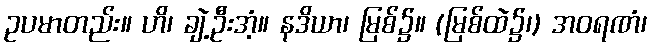
ဥပမာတည်း။ ဟိ၊ ချဲ့ဦးအံ့။ နဒိယာ၊ မြစ်၌။ (မြစ်ထဲ၌၊) အဝရဏံ၊